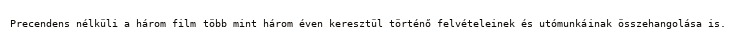
Precendens nélküli a három film több mint három éven keresztül történő felvételeinek és utómunkáinak összehangolása is.